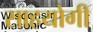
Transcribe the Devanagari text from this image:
साहयोगी